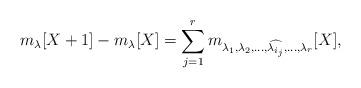
LaTeX: \begin{align*}m_\lambda[X+1]-m_\lambda[X] = \sum_{j=1}^r m_{\lambda_1,\lambda_2,\ldots, \widehat{\lambda_{i_j}},\ldots,\lambda_r}[X],\end{align*}